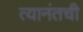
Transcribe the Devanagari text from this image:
त्यानंतची